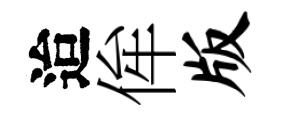
迨侔版